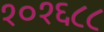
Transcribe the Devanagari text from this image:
१०१६८८